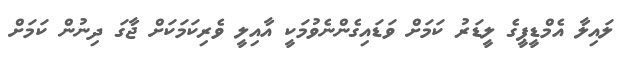
ލައިލާ އެމްޑީޕީގެ ލީޑަރު ކަމަށް ވަޑައިގެންނެވުމަކީ އާއިލީ ވެރިކަމަކަށް ޖާގަ ދިނުން ކަމަށް